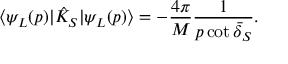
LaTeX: \langle \psi _ { L } ( p ) | \hat { K } _ { S } | \psi _ { L } ( p ) \rangle = - \frac { 4 \pi } { M } \frac { 1 } { p \cot \bar { \delta } _ { S } } .